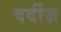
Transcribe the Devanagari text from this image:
वर्दीज़